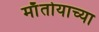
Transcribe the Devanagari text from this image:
माँतोयाच्या